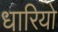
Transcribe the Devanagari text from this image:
धारियो